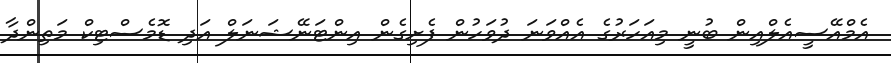
އެމްއޭސީއެލްއިން ބުނީ މިއަހަރުގެ އެއްވަނަ ދުވަހުން ފެށިގެން އިންޓަނޭޝަނަލް އަދި ޑޮމެސްޓިކް މަތިންދާ